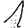
Digit: 1